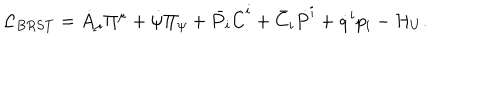
{ \cal L } _ { B R S T } = \dot { A } _ { \mu } \Pi ^ { \mu } + \dot { \psi } \Pi _ { \psi } + \bar { P } _ { i } \dot { C } ^ { i } + \bar { C } _ { i } \dot { P } ^ { i } + \dot { q } ^ { i } p _ { i } - { \cal H } _ { U } .